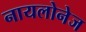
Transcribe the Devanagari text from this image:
नायलोनेज